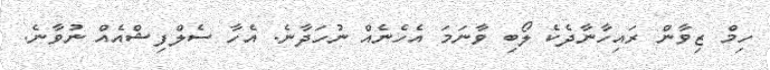
ހިމް ޒިވާން ރައިހާނާދެކެ ލޯބި ވާނަމަ އެހެނެއް ނުހަދާނެ. އެހާ ސެލްފިޝްއެއް ނުވާނެ.